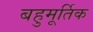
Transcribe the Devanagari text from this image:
बहुमूर्तिक